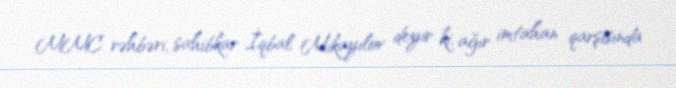
MMC rəhbəri, sahibkar İqbal Mikayılov deyir ki, ağır imtahan qarşısında